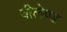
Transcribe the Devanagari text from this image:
वीलेण्ड